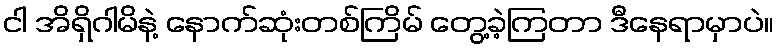
ငါ အိရှိဂါမိနဲ့ နောက်ဆုံးတစ်ကြိမ် တွေ့ခဲ့ကြတာ ဒီနေရာမှာပဲ။